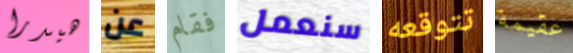
هيدرا عن فقام سنعمل تتوقعه عقيمة